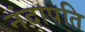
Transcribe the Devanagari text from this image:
नंदापति